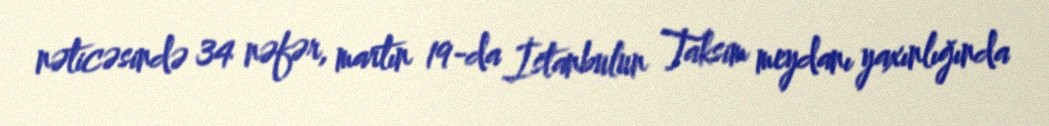
nəticəsində 34 nəfər, martın 19-da İstanbulun Taksim meydanı yaxınlığında